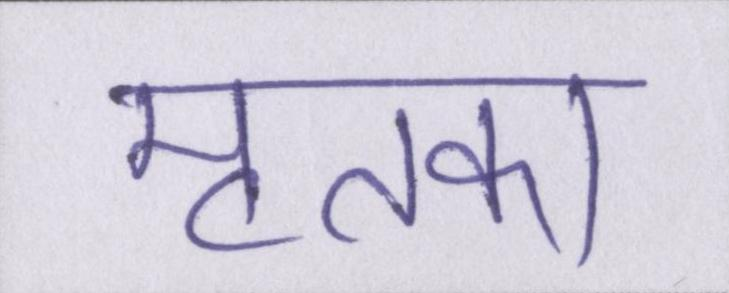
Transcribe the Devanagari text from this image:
मृतका